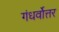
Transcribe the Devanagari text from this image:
गंधर्वोत्तर